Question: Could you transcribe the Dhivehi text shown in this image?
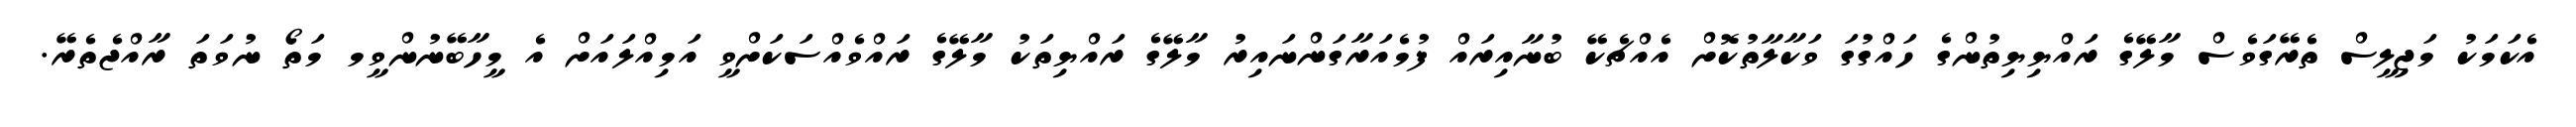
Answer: އެކަމަކު މަޖިލީސް ތެރޭގަވެސް މާލޭގެ ރައްޔިޔިތުންގެ ހައްގުގަ ވަކާލާތުކޮށް އެއްޗެކޭ ބުނާއިރައް ފުމެއަރާގަންނައިރު މާލޭގެ ރައްޔިތަކު މާލޭގެ ރައްވެއްސަކަށްވީ އަމިއްލައަށް އެ މީހާބޭނުންވީމ މަތޯ ނުވަތަ ރާއްޖެތެރޭ.